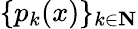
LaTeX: \{ p_{k}(x)\} _{k\in\mathbf{N}}